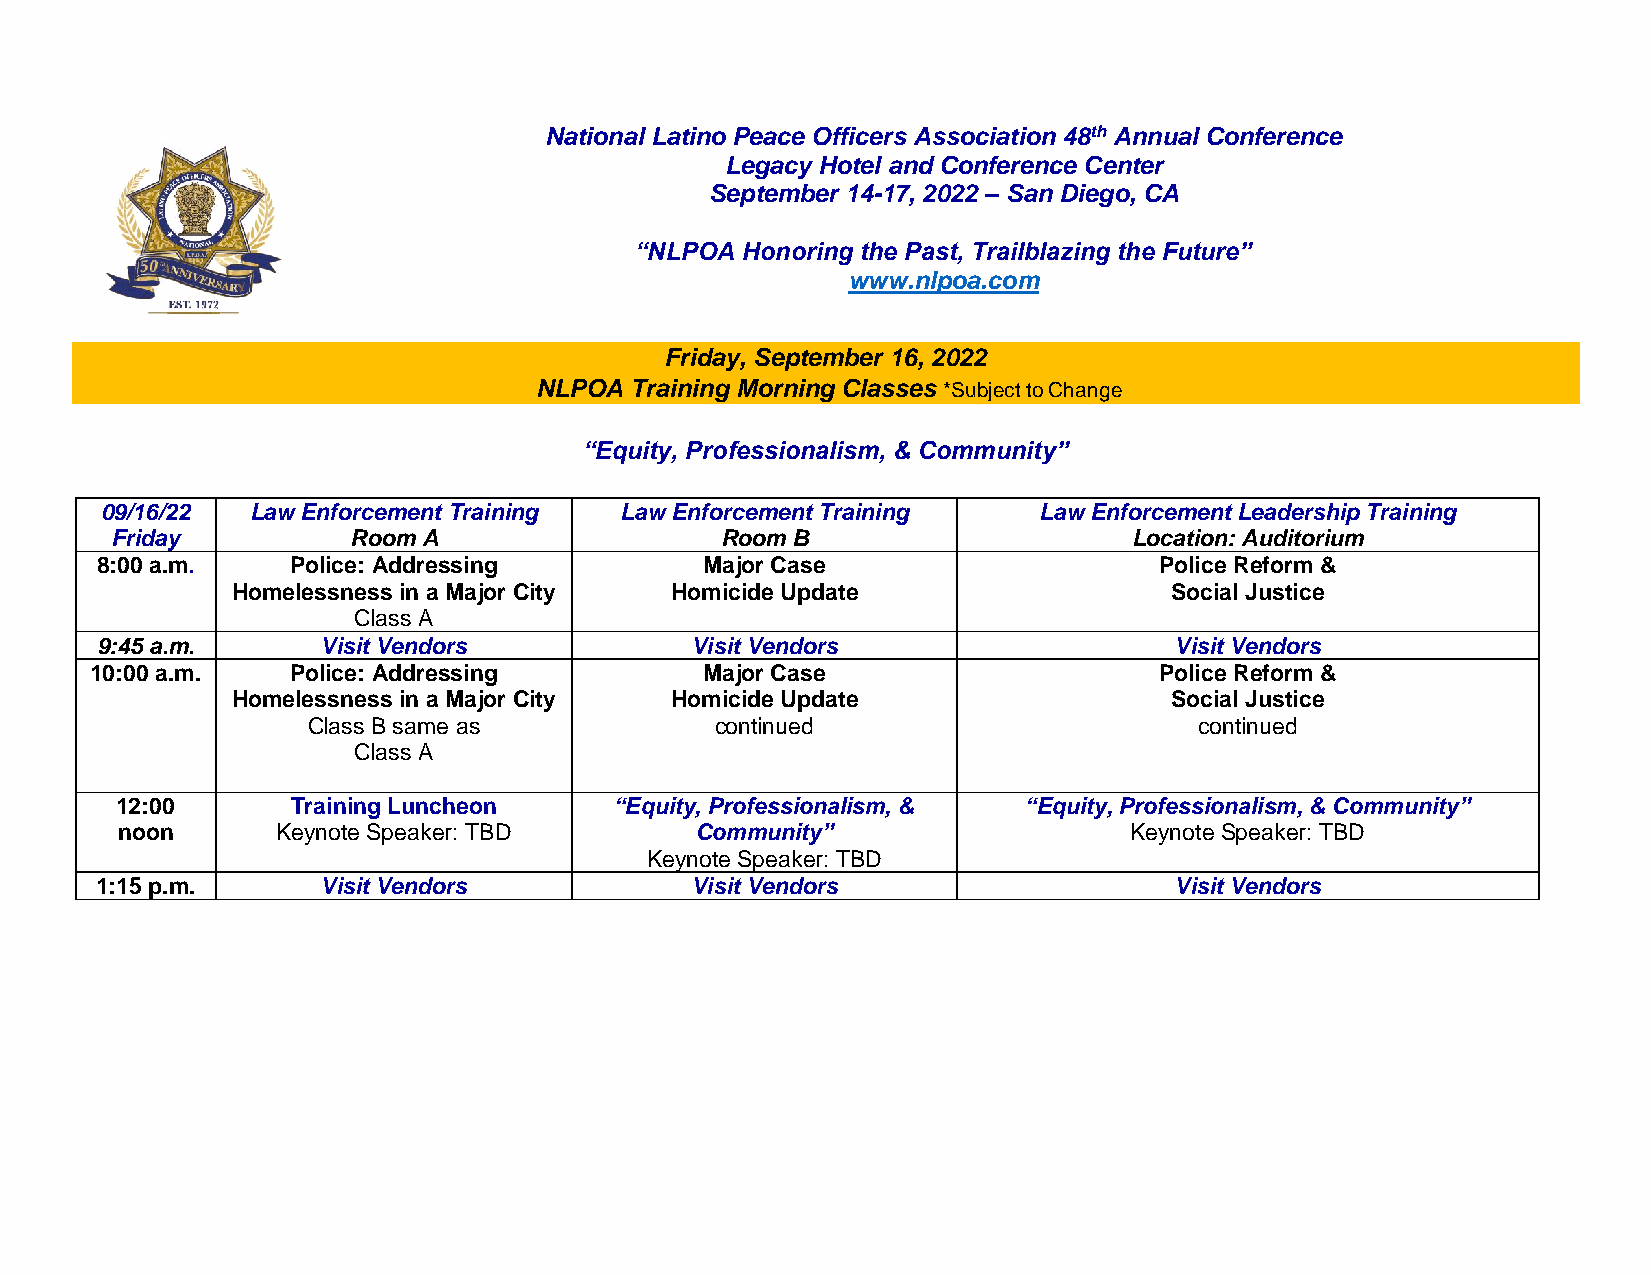
National Latino Peace Officers Association 48th Annual Conference
 Legacy Hotel and Conference Center
 September 14-17, 2022 – San Diego, CA
 “NLPOA Honoring the Past, Trailblazing the Future”
 www.nlpoa.com
 Friday, September 16, 2022
 NLPOA  Training Morning Classes *Subject to Change
 “Equity, Professionalism, & Community”
 09/16/22  Law Enforcement Training Law Enforcement Training   Law Enforcement Leadership Training
 Friday          Room A                   Room B                     Location: Auditorium
 8:00 a.m.    Police: Addressing          Major Case                    Police Reform &
 Homelessness in a Major City Homicide Update                   Social Justice
 Class A
 9:45 a.m.      Visit Vendors            Visit Vendors                   Visit Vendors
 10:00 a.m.   Police: Addressing          Major Case                    Police Reform &
 Homelessness in a Major City Homicide Update                   Social Justice
 Class B same as            continued                       continued
 Class A
 12:00      Training Luncheon     “Equity, Professionalism, & “Equity, Professionalism, & Community”
 noon      Keynote Speaker: TBD        Community”                   Keynote Speaker: TBD
 Keynote Speaker: TBD
 1:15 p.m.      Visit Vendors            Visit Vendors                   Visit Vendors